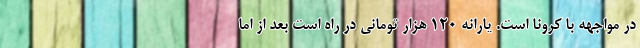
در مواجهه با کرونا است. یارانه ۱۲۰ هزار تومانی در راه است بعد از اما